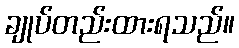
ချုပ်တည်းထားရသည်။